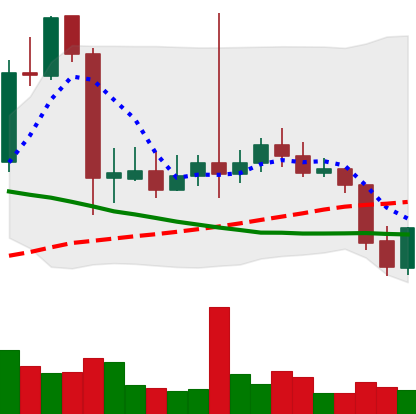
Ticker: LTC-USD
Chart end date: 2021-09-22
Forward return: -9.951%
Label: down_7plus